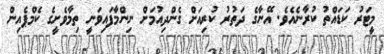
މީޓަރު ކަޑައްތު ކުރާނެއެވެ. އޭނާގެ ދަތުރު ކުރިއަށް ގެންދިއުމަށް ނިންމާފައިވަނީ ތިމާވެށީގެ ކެމްޕެއިން